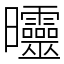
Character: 𣌟